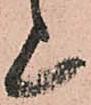
上